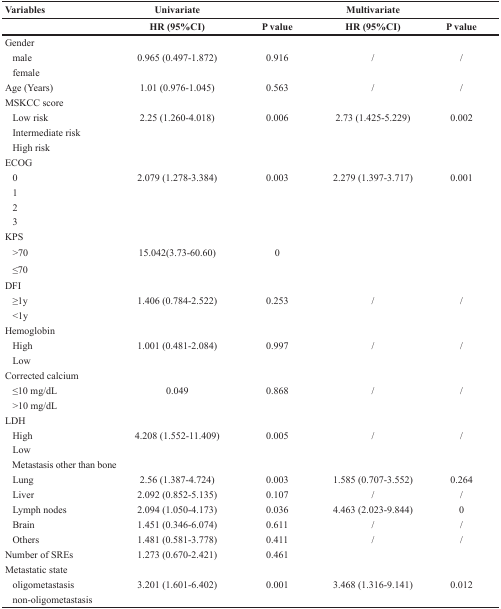
<table><thead><tr><td><b>Variables</b></td><td colspan="2"><b>Univariate</b></td><td colspan="2"><b>Multivariate</b></td></tr><tr><td></td><td><b>HR (95%CI)</b></td><td><b>P value</b></td><td><b>HR (95%CI)</b></td><td><b>P value</b></td></tr></thead><tbody><tr><td colspan="5">Gender</td></tr><tr><td> male</td><td>0.965 (0.497-1.872)</td><td>0.916</td><td>/</td><td>/</td></tr><tr><td> female</td><td></td><td></td><td></td><td></td></tr><tr><td>Age (Years)</td><td>1.01 (0.976-1.045)</td><td>0.563</td><td>/</td><td>/</td></tr><tr><td colspan="5">MSKCC score</td></tr><tr><td> Low risk</td><td>2.25 (1.260-4.018)</td><td>0.006</td><td>2.73 (1.425-5.229)</td><td>0.002</td></tr><tr><td> Intermediate risk</td><td></td><td></td><td></td><td></td></tr><tr><td> High risk</td><td></td><td></td><td></td><td></td></tr><tr><td colspan="5">ECOG</td></tr><tr><td> 0</td><td>2.079 (1.278-3.384)</td><td>0.003</td><td>2.279 (1.397-3.717)</td><td>0.001</td></tr><tr><td> 1</td><td></td><td></td><td></td><td></td></tr><tr><td> 2</td><td></td><td></td><td></td><td></td></tr><tr><td> 3</td><td></td><td></td><td></td><td></td></tr><tr><td colspan="5">KPS</td></tr><tr><td> &gt;70</td><td>15.042(3.73-60.60)</td><td>0</td><td></td><td></td></tr><tr><td> ≤70</td><td></td><td></td><td></td><td></td></tr><tr><td colspan="5">DFI</td></tr><tr><td> ≥1y</td><td>1.406 (0.784-2.522)</td><td>0.253</td><td>/</td><td>/</td></tr><tr><td> &lt;1y</td><td></td><td></td><td></td><td></td></tr><tr><td colspan="5">Hemoglobin</td></tr><tr><td> High</td><td>1.001 (0.481-2.084)</td><td>0.997</td><td>/</td><td>/</td></tr><tr><td> Low</td><td></td><td></td><td></td><td></td></tr><tr><td colspan="5">Corrected calcium</td></tr><tr><td> ≤10 mg/dL</td><td>0.049</td><td>0.868</td><td>/</td><td>/</td></tr><tr><td> &gt;10 mg/dL</td><td></td><td></td><td></td><td></td></tr><tr><td colspan="5">LDH</td></tr><tr><td> High</td><td>4.208 (1.552-11.409)</td><td>0.005</td><td>/</td><td>/</td></tr><tr><td> Low</td><td></td><td></td><td></td><td></td></tr><tr><td colspan="5"> Metastasis other than bone</td></tr><tr><td> Lung</td><td>2.56 (1.387-4.724)</td><td>0.003</td><td>1.585 (0.707-3.552)</td><td>0.264</td></tr><tr><td> Liver</td><td>2.092 (0.852-5.135)</td><td>0.107</td><td>/</td><td>/</td></tr><tr><td> Lymph nodes</td><td>2.094 (1.050-4.173)</td><td>0.036</td><td>4.463 (2.023-9.844)</td><td>0</td></tr><tr><td> Brain</td><td>1.451 (0.346-6.074)</td><td>0.611</td><td>/</td><td>/</td></tr><tr><td> Others</td><td>1.481 (0.581-3.778)</td><td>0.411</td><td>/</td><td>/</td></tr><tr><td>Number of SREs</td><td>1.273 (0.670-2.421)</td><td>0.461</td><td></td><td></td></tr><tr><td colspan="5">Metastatic state</td></tr><tr><td> oligometastasis</td><td>3.201 (1.601-6.402)</td><td>0.001</td><td>3.468 (1.316-9.141)</td><td>0.012</td></tr><tr><td> non-oligometastasis</td><td></td><td></td><td></td><td></td></tr></tbody></table>